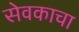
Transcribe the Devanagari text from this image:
सेवकाचा